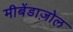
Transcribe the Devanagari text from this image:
मीबेंडाज़ोल